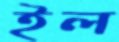
ইল